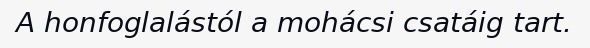
A honfoglalástól a mohácsi csatáig tart.